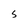
Character: S